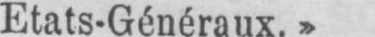
Etats-Généraux.»